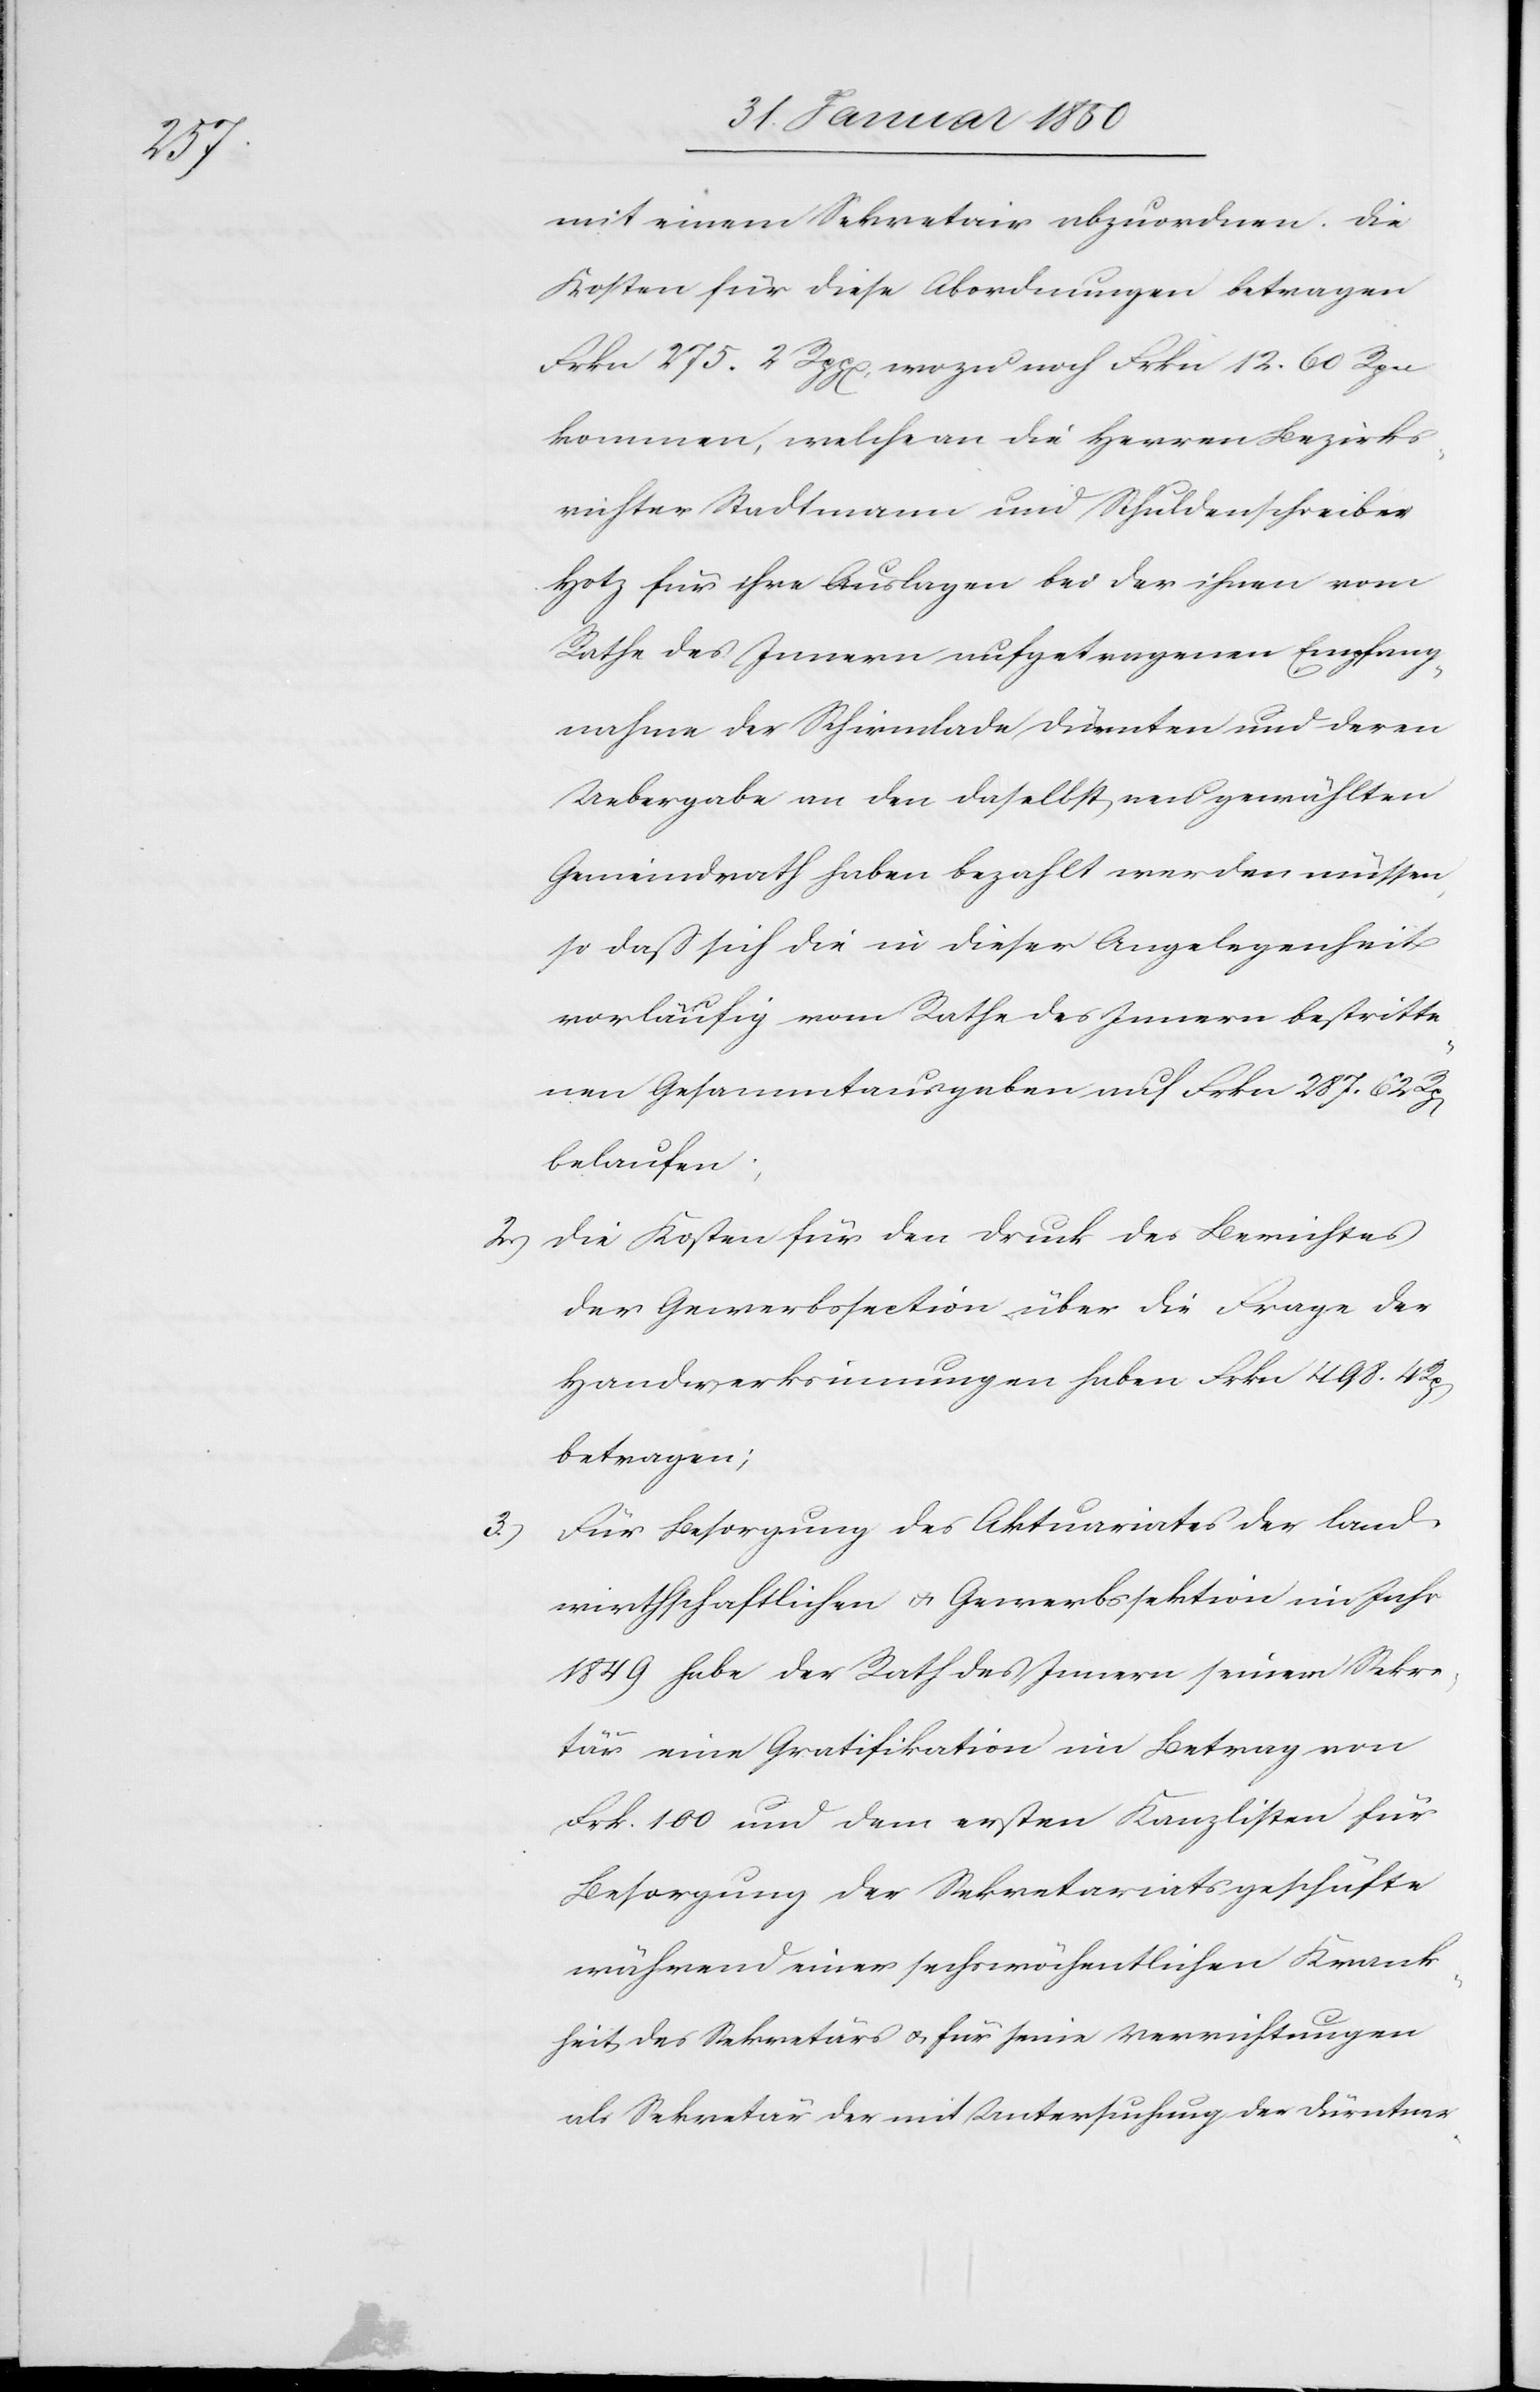
mit einem Sekretair abzuordnen. Die
Kosten für diese Abordnungen betragen
Frkn 275. 2 Rpp[en], wozu noch Frkn 12. 60 Rpn
kommen, welche an die Herren Bezirks¬
richter Stadtmann und Schuldenschreiber
Hotz für ihre Auslagen bei der ihnen vom
Rathe des Innern aufgetragenen Empfang¬
nahme der Schirmlade Dürnten und deren
Uebergabe an den daselbst neu gewählten
Gemeindrath haben bezahlt werden müssen,
so daß sich die in dieser Angelegenheit
vorläufig vom Rathe des Innern bestritte¬
nen Gesammtausgaben auf Frkn 287. 62
belaufen;
2.) Die Kosten für den Druck des Berichtes
der Gewerbssection über die Frage der
Handwerksinnungen haben Frkn 498. 4
betragen;
3.) Für Besorgung des Aktuariates der land¬
wirthschaftlichen u. Gewerbssektion im Jahr
1849 habe der Rath des Innern seinem Sekre¬
tär eine Gratifikation im Betrag von
Frk. 100 und dem ersten Kanzlisten für
Besorgung der Sekretariatsgeschäfte
während einer sechswöchentlichen Krank¬
heit des Sekretärs u. für seine Verrichtungen
als Sekretär der mit Untersuchung der Dürntner-